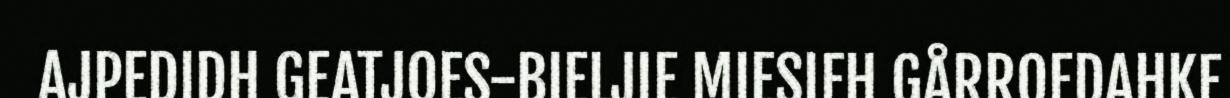
AJPEDIDH GEATJOES-BIELJIE MIESIEH GÅRROEDAHKE